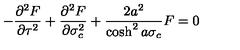
- \frac { { \partial } ^ { 2 } F } { { \partial } \tau ^ { 2 } } + \frac { { \partial } ^ { 2 } F } { { \partial } \sigma _ { c } ^ { 2 } } + \frac { 2 a ^ { 2 } } { \cosh ^ { 2 } a \sigma _ { c } } F = 0